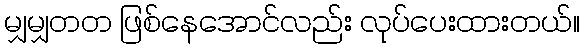
မျှမျှတတ ဖြစ်နေအောင်လည်း လုပ်ပေးထားတယ်။